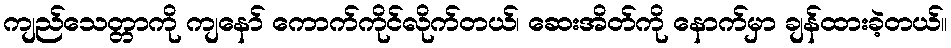
ကျည်သေတ္တာကို ကျနော် ကောက်ကိုင်လိုက်တယ်၊ ဆေးအိတ်ကို နောက်မှာ ချန်ထားခဲ့တယ်။